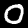
Digit: 0